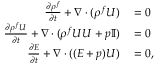
\begin{array} { r l } { \frac { \partial \rho ^ { f } } { \partial t } + \nabla \cdot ( \rho ^ { f } \boldsymbol { U } ) } & { { } = 0 } \\ { \frac { \partial \rho ^ { f } \boldsymbol { U } } { \partial t } + \nabla \cdot ( \rho ^ { f } \boldsymbol { U } \boldsymbol { U } + p \mathbb { I } ) } & { { } = 0 } \\ { \frac { \partial E } { \partial t } + \nabla \cdot ( ( E + p ) \boldsymbol { U } ) } & { { } = 0 , } \end{array}